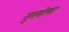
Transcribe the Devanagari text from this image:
सुरमेला